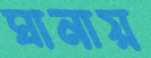
ঘানায়